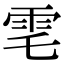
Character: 䨋